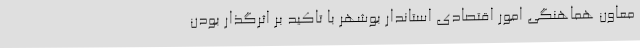
معاون هماهنگی امور اقتصادی استاندار بوشهر با تاکید بر اثرگذار بودن